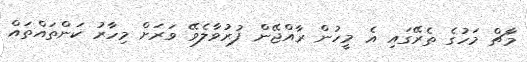
މާޗް މަހުގެ ތެރޭގައި އެ މީހުން ރާއްޖޭން ފުރުވާލެވޭ ވަރަށް މިހާރު ކަންތައްތައް